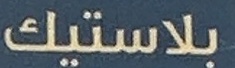
بلاستيك